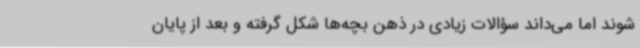
شوند اما می‌داند سؤالات زیادی در ذهن بچه‌ها شکل گرفته و بعد از پایان